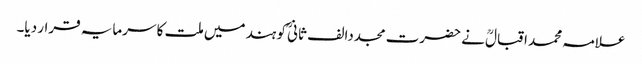
علامہ محمد اقبالؒ نے حضرت مجددا لف ثانیؒ کو ہند میں ملت کا سرمایہ قرار دیا۔